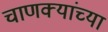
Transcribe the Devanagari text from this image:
चाणक्यांच्या